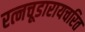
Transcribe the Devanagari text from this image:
रत्नचूडारायचरित